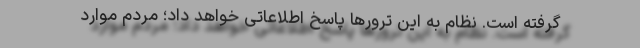
گرفته است. نظام به این ترورها پاسخ اطلاعاتی خواهد داد؛ مردم موارد